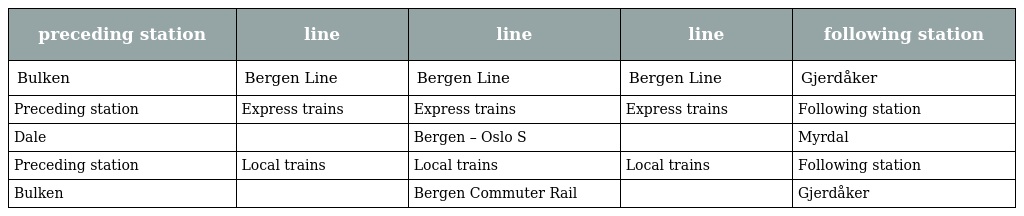
| preceding station | line | line | line | following station |
 | --- | --- | --- | --- | --- |
 | Bulken | Bergen Line | Bergen Line | Bergen Line | Gjerdåker |
 | Preceding station | Express trains | Express trains | Express trains | Following station |
 | Dale |  | Bergen – Oslo S |  | Myrdal |
 | Preceding station | Local trains | Local trains | Local trains | Following station |
 | Bulken |  | Bergen Commuter Rail |  | Gjerdåker |